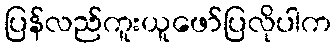
ပြန်လည်ကူးယူဖော်ပြလိုပါက